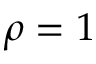
\rho = 1